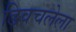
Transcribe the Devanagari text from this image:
डिवचलेला